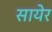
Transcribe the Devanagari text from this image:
सायेर